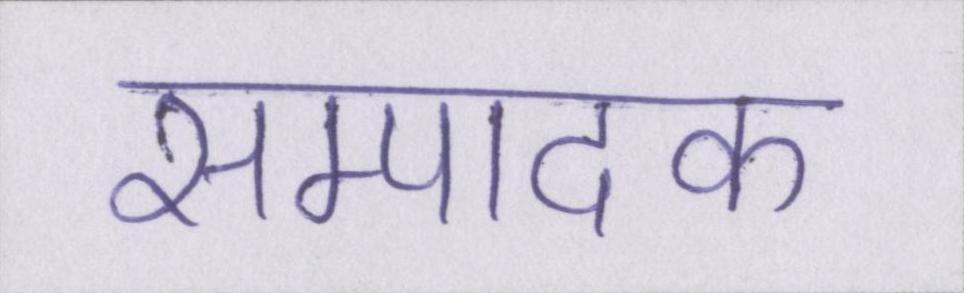
सम्पादक